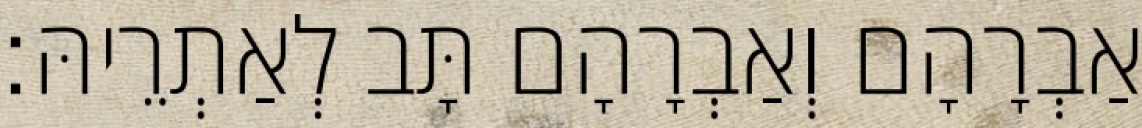
אַבְרָהָם וְאַבְרָהָם תָּב לְאַתְרֵיהּ׃